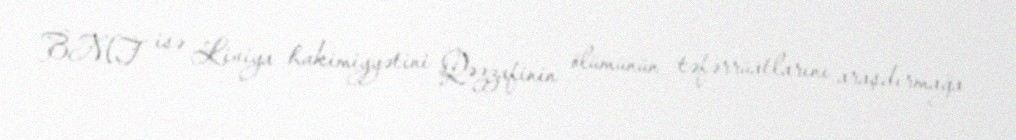
BMT isə Liviya hakimiyyətini Qəzzafinin ölümünün təfərrüatlarını araşdırmağa